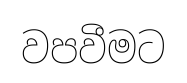
වපවීමට